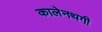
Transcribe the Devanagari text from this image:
कालेनथगी